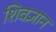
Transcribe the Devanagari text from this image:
शिवज्ञान